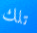
تلك